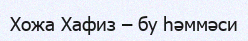
Хожа Хафиз – бу һәммәси